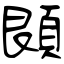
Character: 䫀